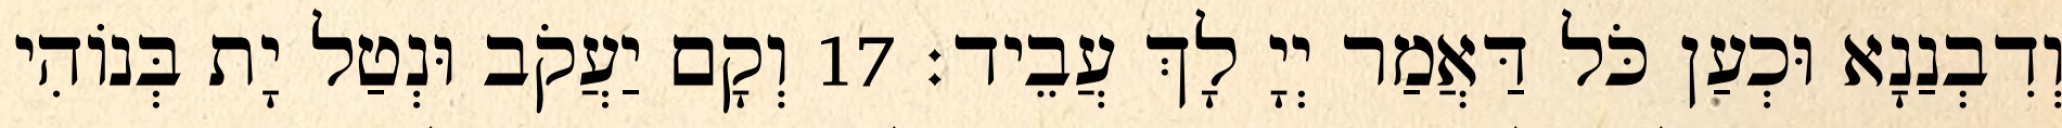
וְדִבְנַנָא וּכְעַן כֹּל דַּאֲמַר יְיָ לָךְ עֲבֵיד׃ 17 וְקָם יַעֲקֹב וּנְטַל יָת בְּנוֹהִי